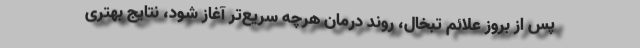
پس از بروز علائم تبخال، روند درمان هرچه سریع‌تر آغاز شود، نتایج بهتری